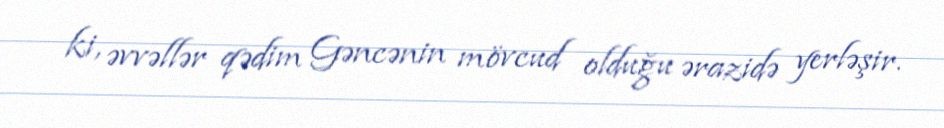
ki, əvvəllər qədim Gəncənin mövcud olduğu ərazidə yerləşir.